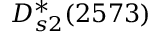
D _ { s 2 } ^ { * } ( 2 5 7 3 )